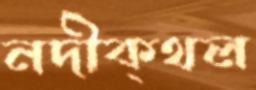
নদীক্থল